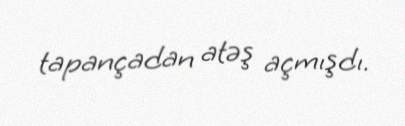
tapançadan atəş açmışdı.